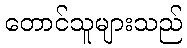
တောင်သူများသည်